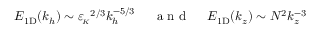
E _ { \mathrm { 1 D } } ( k _ { h } ) \sim { \varepsilon _ { \! \scriptscriptstyle K } } ^ { 2 / 3 } k _ { h } ^ { - 5 / 3 } ~ ~ ~ ~ \mathrm { ~ a ~ n ~ d ~ } ~ ~ ~ ~ E _ { \mathrm { 1 D } } ( k _ { z } ) \sim N ^ { 2 } k _ { z } ^ { - 3 }